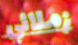
زملائي